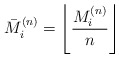
\begin{align*} \bar M_i^{(n)} = \left\lfloor \frac{M_i^{(n)}}{n} \right\rfloor \end{align*}